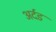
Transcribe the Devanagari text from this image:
अर्दड